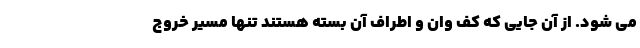
می شود. از آن جایی که کف وان و اطراف آن بسته هستند تنها مسیر خروج